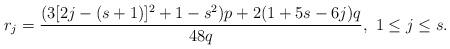
LaTeX: \begin{align*}r_j=\frac{(3[2j-(s+1)]^2+1-s^2)p+2(1+5s-6j)q}{48q},\ 1\leq j\leq s.\end{align*}